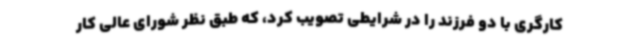
کارگری با دو فرزند را در شرایطی تصویب کرد، که طبق نظر شورای عالی کار